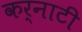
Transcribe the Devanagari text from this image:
कर्नाटी